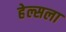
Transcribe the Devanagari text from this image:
हेल्सला